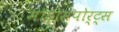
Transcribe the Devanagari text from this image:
मोटोस्पोर्ट्स